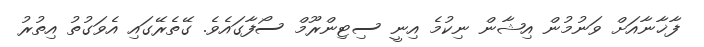
ފާޚާނާއަށް ވަނުމުން އިޝާން ނިކުމެ އިނީ ސިޓިންރޫމް ސޯފާގައެވެ. ގޭތެރޭގައި އެވަގުތު އިތުރު